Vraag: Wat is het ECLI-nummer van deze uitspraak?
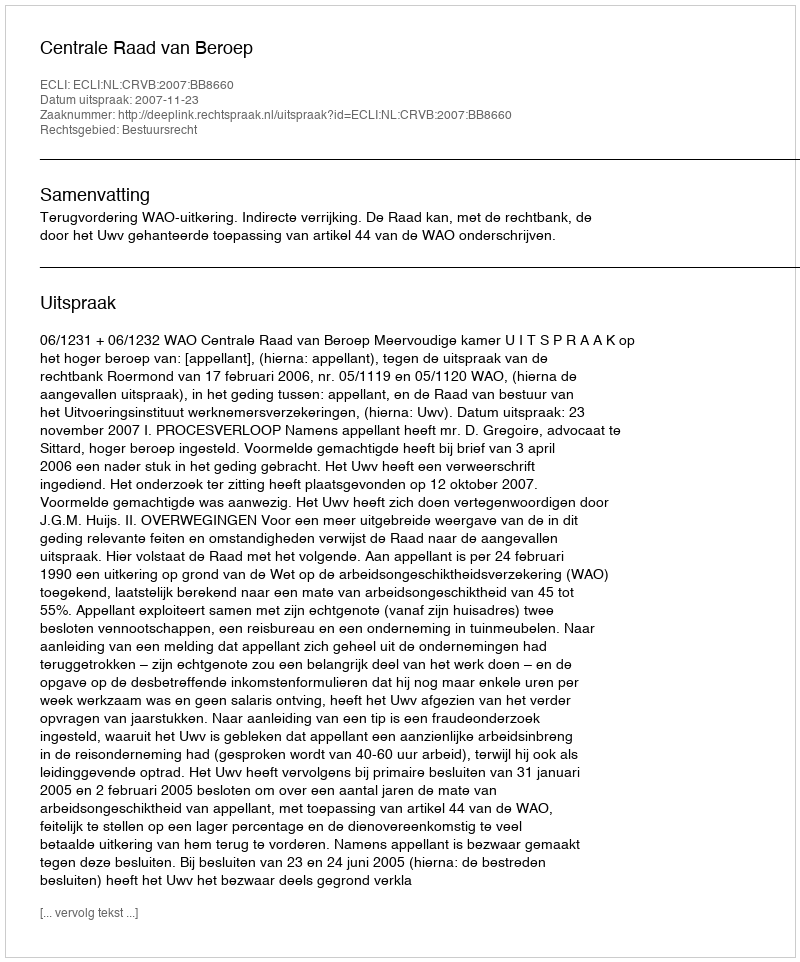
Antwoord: ECLI:NL:CRVB:2007:BB8660